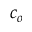
c _ { o }